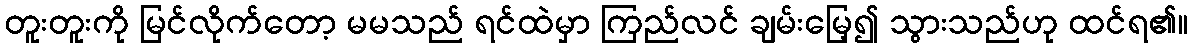
တူးတူးကို မြင်လိုက်တော့ မမသည် ရင်ထဲမှာ ကြည်လင် ချမ်းမြေ့၍ သွားသည်ဟု ထင်ရ၏။